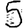
Digit: 5